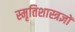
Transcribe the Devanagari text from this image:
स्मृतिशास्त्रज्ञों